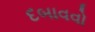
દબાવવો